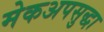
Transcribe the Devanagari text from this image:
मेकअपसुद्धा